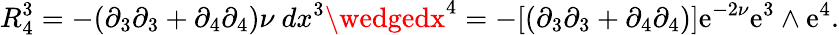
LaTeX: R_{4}^{3}=-(\partial_{3}\partial_{3}+\partial_{4}\partial_{4})\nu~dx^{3}\wedgedx^{4}=-[(\partial_{3}\partial_{3}+\partial_{4}\partial_{4})]\mathrm{e}^{-2\nu}\mathrm{e}^{3}\wedge\mathrm{e}^{4}.